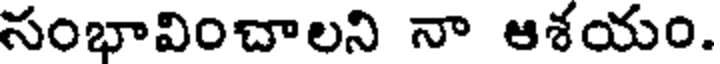
సంభావించాలని నా ఆశయం.